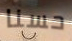
حسنا